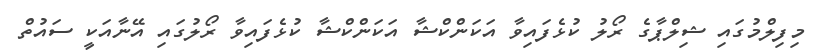
މިފިލްމުގައި ޝިލްޕާގެ ރޯލު ކުޅެފައިވާ އަކަންކްޝާ އަކަންކްޝާ ކުޅެފައިވާ ރޯލުގައި އޭނާއަކީ ސައުތް